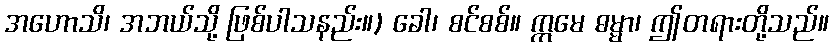
အဟောသိ၊ အဘယ်သို့ ဖြစ်ပါသနည်း။) ခေါ၊ စင်စစ်။ ဣမေ ဓမ္မာ၊ ဤတရားတို့သည်။